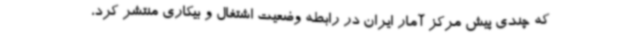
که چندی پیش مرکز آمار ایران در رابطه وضعیت اشتغال و بیکاری منتشر کرد،